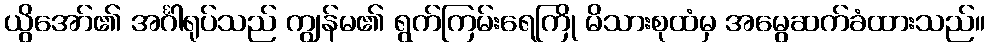
ယွိအော်၏ အင်္ဂါရုပ်သည် ကျွန်မ၏ ရွက်ကြမ်းရေကြို မိသားစုထံမှ အမွေဆက်ခံထားသည်။